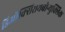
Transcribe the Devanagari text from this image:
डिऑक्सिरायबोन्युक्लिक